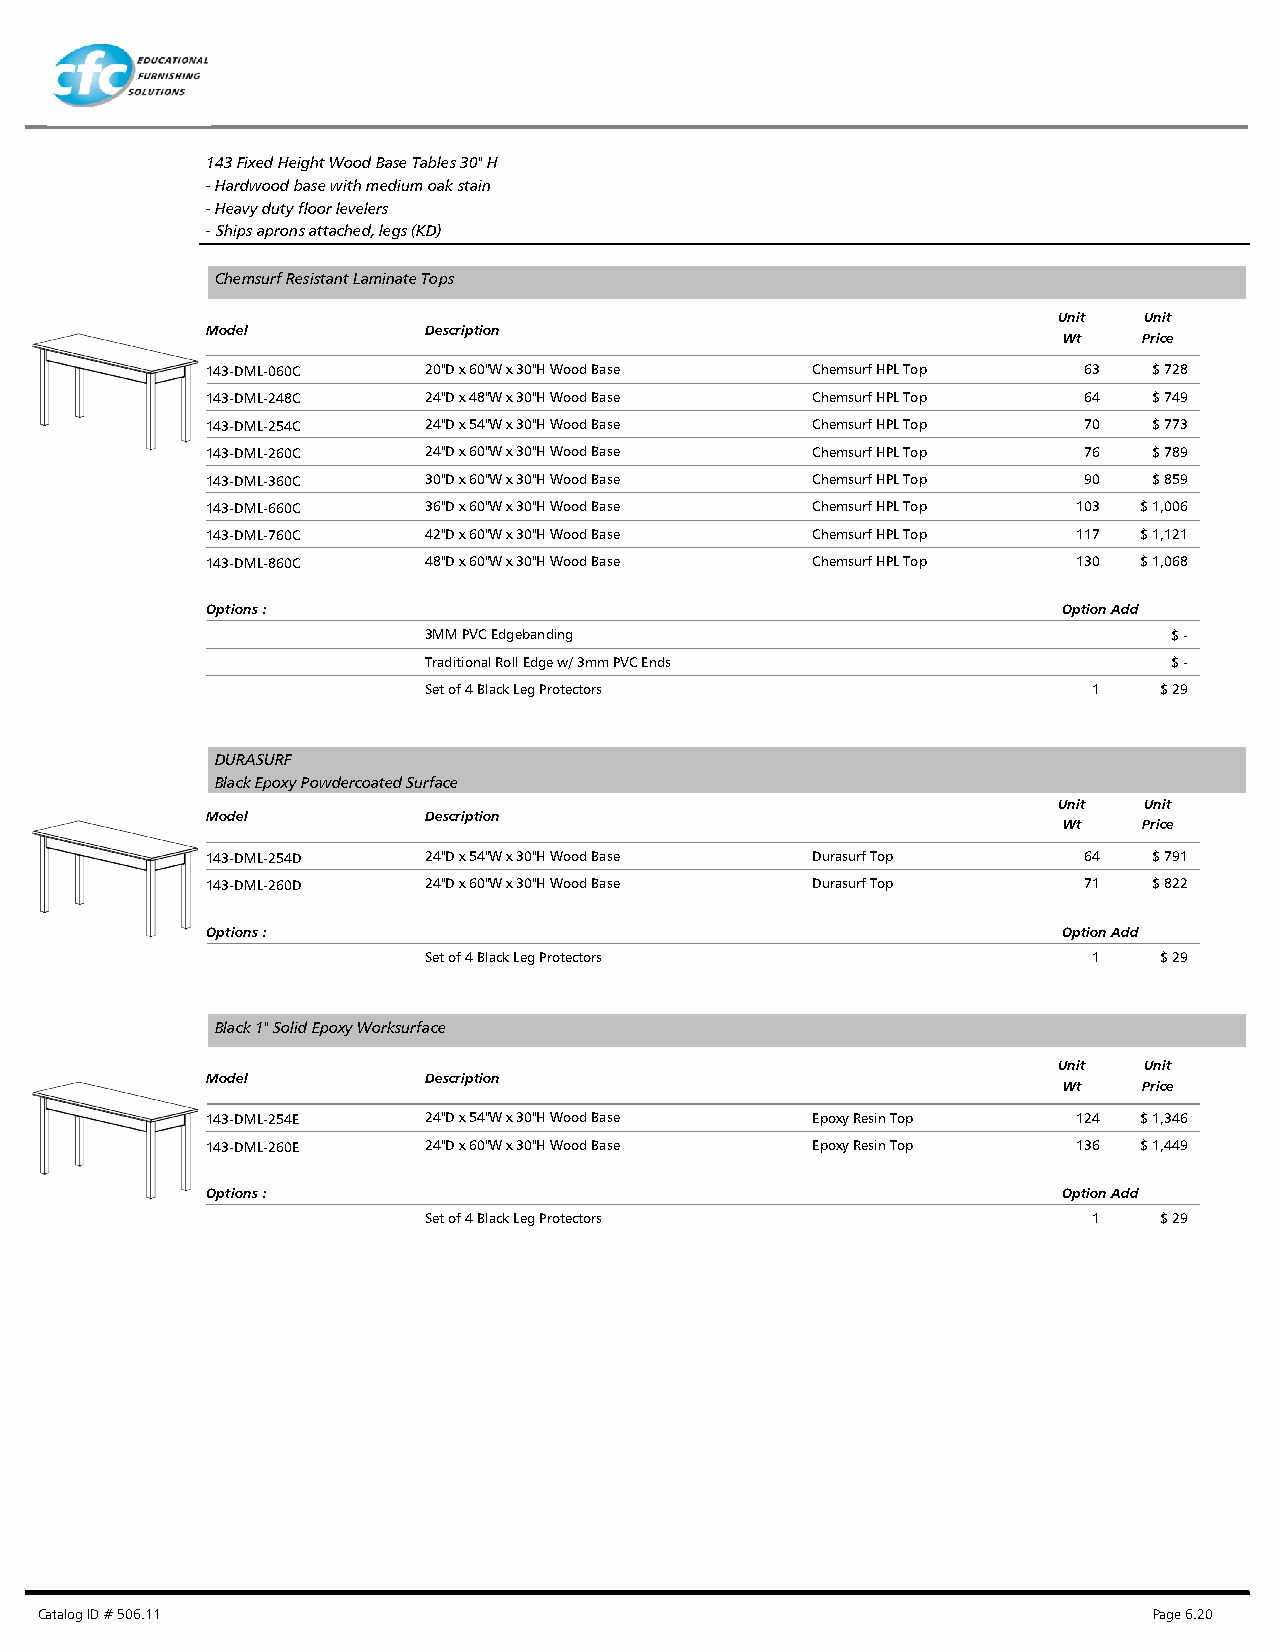
143 Fixed Height Wood Base Tables 30" H
 - Hardwood base with medium oak stain
 - Heavy duty floor levelers
 - Ships aprons attached, legs (KD)
 Chemsurf Resistant Laminate Tops
 Unit  Unit
 Model         Description
 Wt    Price
 143-DML-060C  20"D x 60"W x 30"H Wood Base Chemsurf HPL Top 63 $ 728
 143-DML-248C  24"D x 48"W x 30"H Wood Base Chemsurf HPL Top 64 $ 749
 143-DML-254C  24"D x 54"W x 30"H Wood Base Chemsurf HPL Top 70 $ 773
 143-DML-260C  24"D x 60"W x 30"H Wood Base Chemsurf HPL Top 76 $ 789
 143-DML-360C  30"D x 60"W x 30"H Wood Base Chemsurf HPL Top 90 $ 859
 143-DML-660C  36"D x 60"W x 30"H Wood Base Chemsurf HPL Top 103 $ 1,006
 143-DML-760C  42"D x 60"W x 30"H Wood Base Chemsurf HPL Top 117 $ 1,121
 143-DML-860C  48"D x 60"W x 30"H Wood Base Chemsurf HPL Top 130 $ 1,068
 Options :                                               Option Add
 3MM PVC Edgebanding                               $ -
 Traditional Roll Edge w/ 3mm PVC Ends             $ -
 Set of 4 Black Leg Protectors               1    $ 29
 DURASURF
 Black Epoxy Powdercoated Surface
 Unit  Unit
 Model         Description
 Wt    Price
 143-DML-254D  24"D x 54"W x 30"H Wood Base Durasurf Top   64  $ 791
 143-DML-260D  24"D x 60"W x 30"H Wood Base Durasurf Top   71  $ 822
 Options :                                               Option Add
 Set of 4 Black Leg Protectors               1    $ 29
 Black 1" Solid Epoxy Worksurface
 Unit  Unit
 Model         Description
 Wt    Price
 143-DML-254E  24"D x 54"W x 30"H Wood Base Epoxy Resin Top 124 $ 1,346
 143-DML-260E  24"D x 60"W x 30"H Wood Base Epoxy Resin Top 136 $ 1,449
 Options :                                               Option Add
 Set of 4 Black Leg Protectors               1    $ 29
 Catalog ID # 506.11                                                       Page 6.20